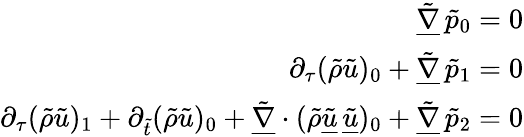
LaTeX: \begin{array}{r}{\underline{{\tilde{\nabla}}}\, \tilde{p}_{0}=0}\\ {\partial_{\tau}(\tilde{\rho}\tilde{u})_{0}+\underline{{\tilde{\nabla}}}\, \tilde{p}_{1}=0}\\ {\partial_{\tau}(\tilde{\rho}\tilde{u})_{1}+\partial_{\tilde{t}}(\tilde{\rho}\tilde{u})_{0}+\underline{{\tilde{\nabla}}}\cdot(\tilde{\rho}\underline{{\tilde{u}}}\, \underline{{\tilde{u}}})_{0}+\underline{{\tilde{\nabla}}}\, \tilde{p}_{2}=0}\end{array}